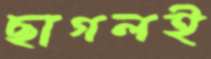
ছাগলই